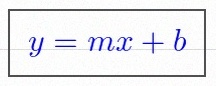
y=mx+b